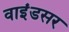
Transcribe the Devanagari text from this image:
वाइंडसर